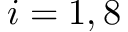
i = 1 , 8